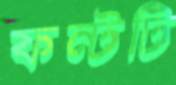
ফন্টটি